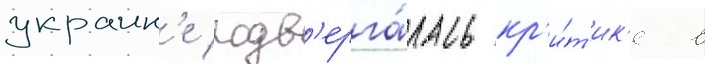
украин'е подв'ерга́лась кр'и́т'ик'е в